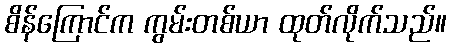
စိန်ကြောင်က ကွမ်းတစ်ယာ ထုတ်လိုက်သည်။